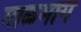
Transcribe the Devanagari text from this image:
माळभाग